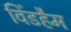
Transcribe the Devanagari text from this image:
विंडहैम